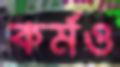
কর্মও